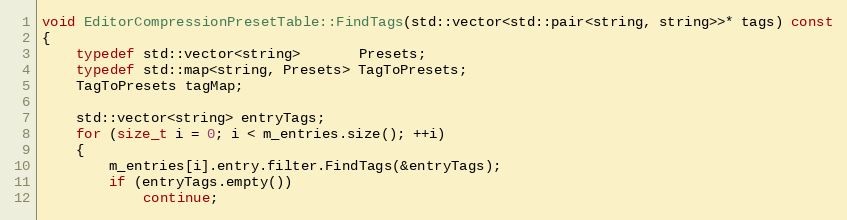
Language: C++
void EditorCompressionPresetTable::FindTags(std::vector<std::pair<string, string>>* tags) const
{
	typedef std::vector<string>       Presets;
	typedef std::map<string, Presets> TagToPresets;
	TagToPresets tagMap;

	std::vector<string> entryTags;
	for (size_t i = 0; i < m_entries.size(); ++i)
	{
		m_entries[i].entry.filter.FindTags(&entryTags);
		if (entryTags.empty())
			continue;